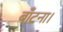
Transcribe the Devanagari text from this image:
बाँटना।